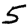
Digit: 5